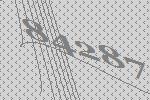
84287